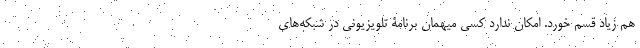
هم زیاد قسم خورد. امکان ندارد کسی میهمان برنامۀ تلویزیونی در شبکه‌های